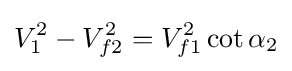
V_{1}^{2}-V_{f2}^{2}=V_{f1}^{2}\cot \alpha _{2}